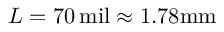
L = 7 0 \, \mathrm { m i l } \approx 1 . 7 8 \mathrm { m m }